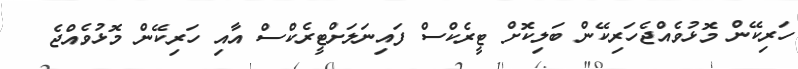
ހަރިކޭން މޮޅުވެއްޖެހަރިކޭން ބަލިކޮށް ޓީރެކްސް ފައިނަލަށްޓީރެކްސް އާއި ހަރިކޭން މޮޅުވެއްޖެ